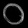
Digit: ၀